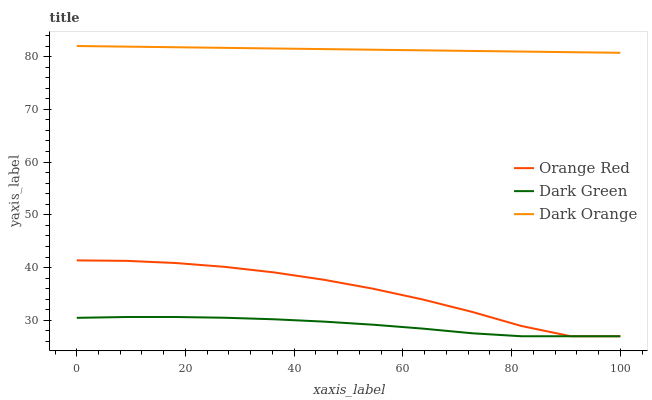
| xaxis_label | Orange Red | Dark Green | Dark Orange |
 | --- | --- | --- | --- |
 | 0 | 41.4 | 30.5 | 82 |
 | 9.09 | 41.3 | 30.6 | 81.9 |
 | 18.2 | 40.9 | 30.6 | 81.8 |
 | 27.3 | 40.1 | 30.5 | 81.6 |
 | 36.4 | 39.1 | 30.2 | 81.5 |
 | 45.5 | 37.7 | 29.8 | 81.4 |
 | 54.5 | 36 | 29.2 | 81.3 |
 | 63.6 | 34 | 28.4 | 81.2 |
 | 72.7 | 31.6 | 27.6 | 81.1 |
 | 81.8 | 28.9 | 27 | 80.9 |
 | 90.9 | 27 | 27 | 80.8 |
 | 100 | 27 | 27 | 80.7 |